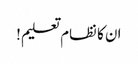
ان کا نظام تعلیم!